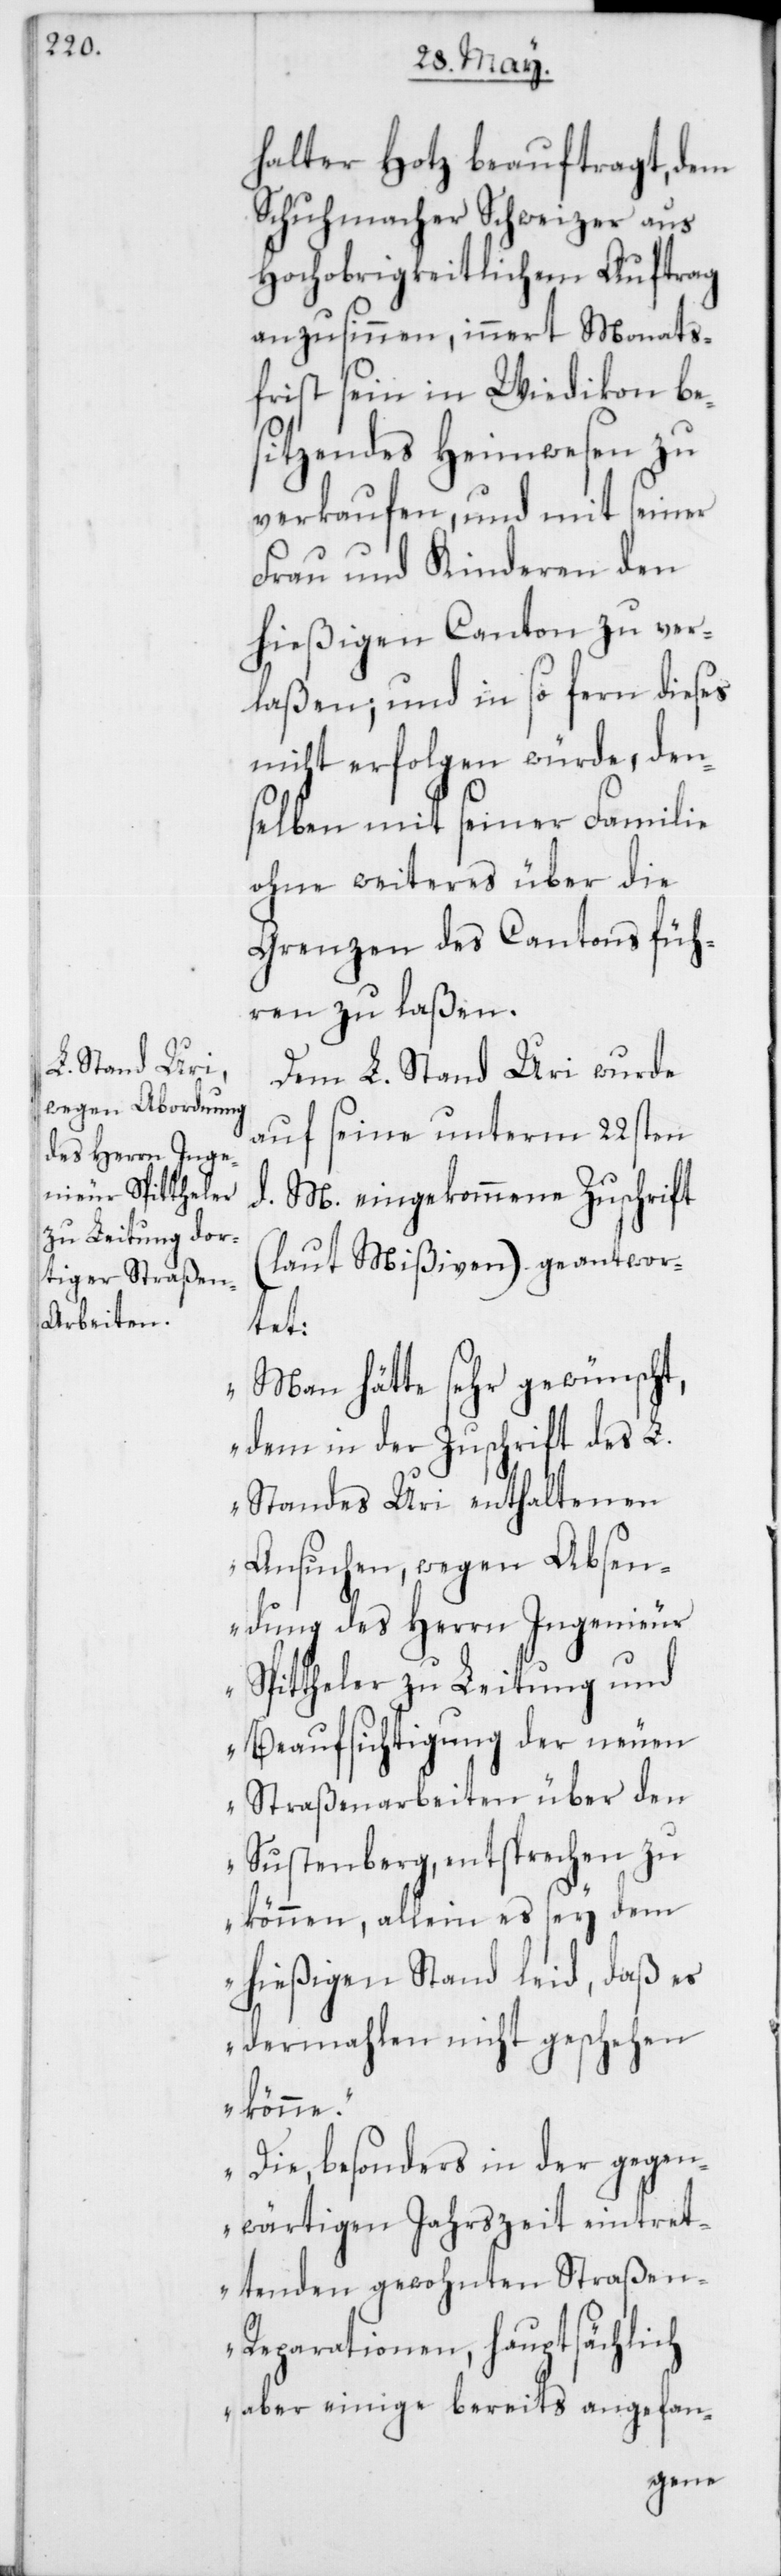
halter Hotz beauftragt, dem
Schuhmacher Schweizer aus
Hochobrigkeitlichem Auftrag
anzusinnen, innert Monats¬
frist sein in Wiedikon be¬
sitzendes Heimwesen zu
verkaufen, und mit seiner
Frau und Kinderen den
hießigen Canton zu ver¬
laßen; und in so fern dieses
nicht erfolgen würde, den¬
selben mit seiner Familie
ohne weiteres über die
Grenzen des Cantons füh¬
ren zu laßen.
Dem L. Stand Uri wurde
auf seine unterm 22sten
d. M. eingekommene Zuschrift
(laut Mißiven) geantwor¬
tet:
„Man hätte sehr gewünscht,
dem in der Zuschrift des L.
Standes Uri enthaltenen
Ansuchen, wegen Absen¬
dung des Herrn Ingenieur
Spittheler zu Leitung und
Beaufsichtigung der neuen
Straßenarbeiten über den
Sustenberg, entsprechen zu
können, allein es sey dem
hießigen Stand leid, daß es
dermahlen nicht geschehen
könne.
Die besonders in der gegen¬
wärtigen Jahrszeit eintret¬
tenden gewohnten Straße¬
n-Reparationen, hauptsächlich
aber einige bereits angefan-